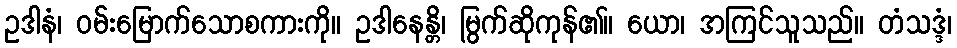
ဥဒါနံ၊ ဝမ်းမြောက်သောစကားကို။ ဥဒါနေန္တိ၊ မြွက်ဆိုကုန်၏။ ယော၊ အကြင်သူသည်။ တံသဒ္ဒံ၊